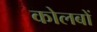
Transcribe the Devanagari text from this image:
कोलबों